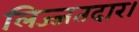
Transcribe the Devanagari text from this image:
लिज्जतदार।